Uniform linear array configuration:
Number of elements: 64
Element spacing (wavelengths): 0.75
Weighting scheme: exponential
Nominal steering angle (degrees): -15
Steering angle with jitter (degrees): -16.897
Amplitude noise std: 0.05
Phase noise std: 0.05

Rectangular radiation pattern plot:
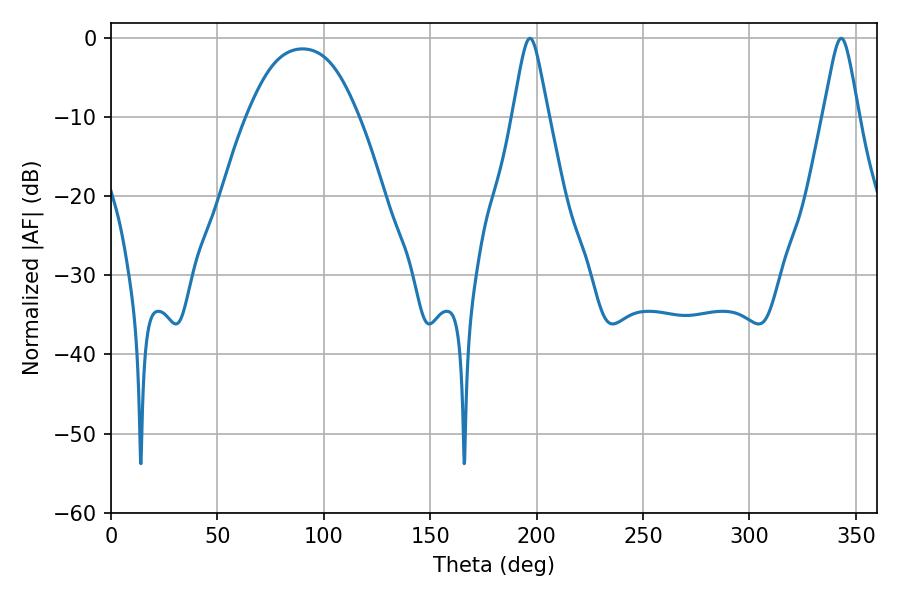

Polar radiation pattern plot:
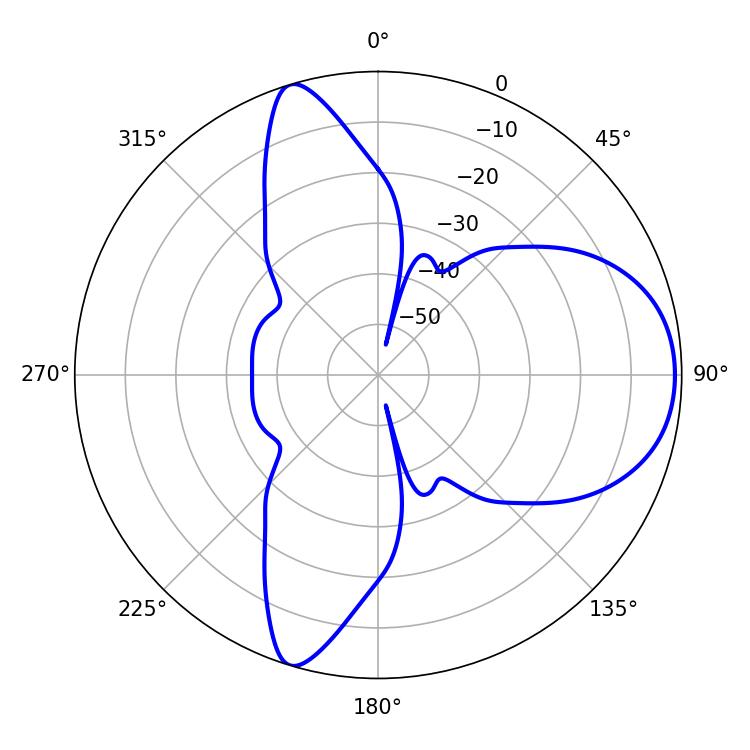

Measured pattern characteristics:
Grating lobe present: TRUE
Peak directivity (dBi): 7.757
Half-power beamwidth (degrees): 7.92
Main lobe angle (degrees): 196.92